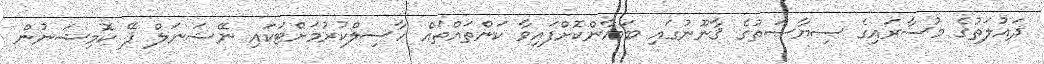
ދައުލަތުގެ މުސާރައިގެ ސިޔާސަތުގެ ޤާނޫނުގައި ބަޔާންކޮށްފައިވާ ކަންތައްތައް ހާސިލްކުރުމަށްޓަކައި ނޭޝަނަލް ޕޭ ކޮމިޝަނުން